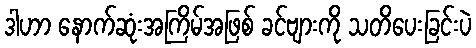
ဒါဟာ နောက်ဆုံးအကြိမ်အဖြစ် ခင်ဗျားကို သတိပေးခြင်းပဲ